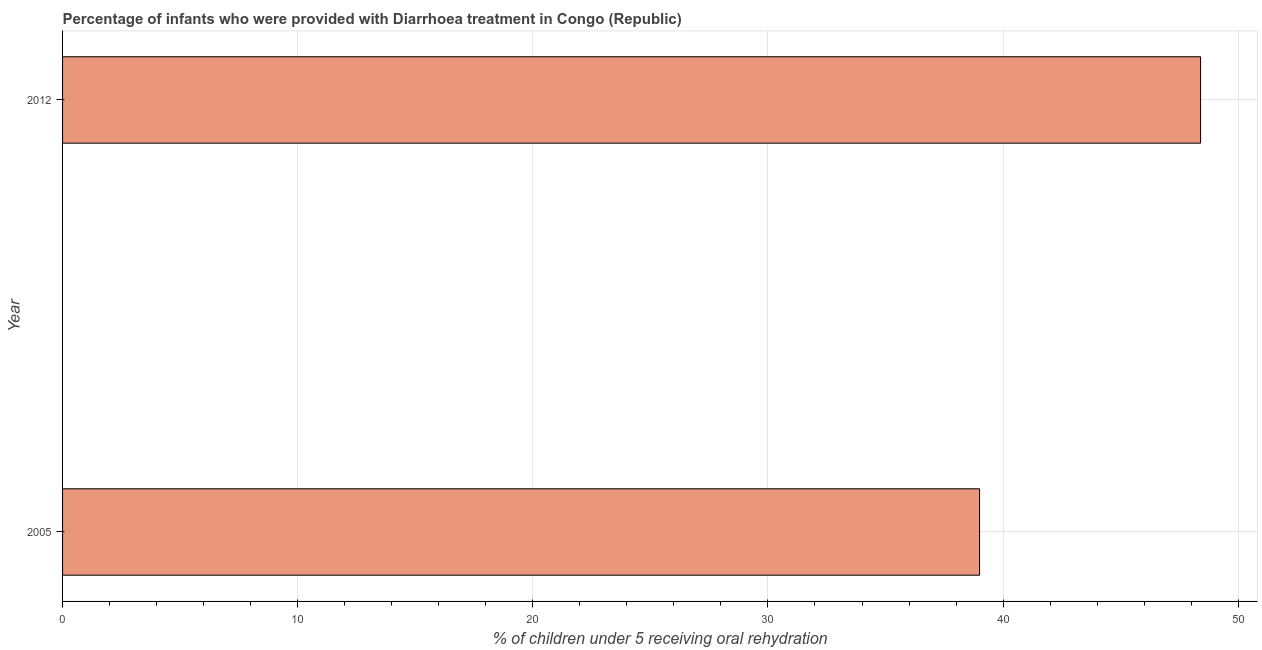
| Year | Diarrhea treatment |
 | --- | --- |
 | 2005 | 39 |
 | 2012 | 48.4 |